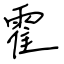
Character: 霍